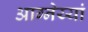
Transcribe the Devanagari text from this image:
आग्नेय्यां